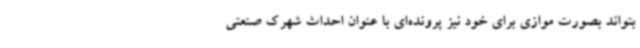
بتواند بصورت موازی برای خود نیز پرونده‌ای با عنوان احداث شهرک صنعتی